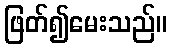
ဖြတ်၍မေးသည်။